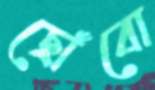
ছোঁবো